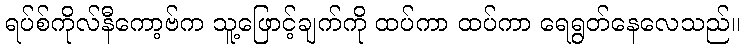
ရပ်စ်ကိုလ်နီကော့ဗ်က သူ့ဖြောင့်ချက်ကို ထပ်ကာ ထပ်ကာ ရေရွတ်နေလေသည်။